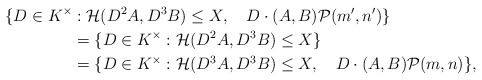
\begin{align*} \{D\in K^{\times}&: \mathcal{H}(D^{2}A,D^{3}B)\le X,~~~ D\cdot (A,B) \mathcal{P}(m',n')\}\\ &= \{D\in K^{\times}:\mathcal{H}(D^{2}A,D^{3}B)\le X\}\\ &= \{D\in K^{\times}: \mathcal{H}(D^{3}A,D^{3}B)\le X,~~~ D\cdot (A,B)\mathcal{P}(m,n)\}, \end{align*}